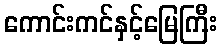
ကောင်းကင်နှင့်မြေကြီး